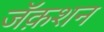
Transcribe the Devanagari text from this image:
जॅक़शन